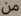
من